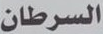
السرطان